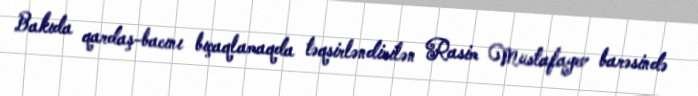
Bakıda qardaş-bacını bıçaqlamaqda təqsirləndirilən Rasim Mustafayev barəsində